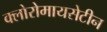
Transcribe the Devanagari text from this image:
क्लोरोमायसेटीन